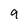
Character: 9